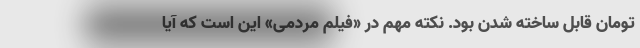
تومان قابل ساخته شدن بود. نکته مهم در «فیلم مردمی» این است که آیا